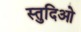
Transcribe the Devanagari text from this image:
स्तुदिओ